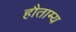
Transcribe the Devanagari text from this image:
हौताम्य